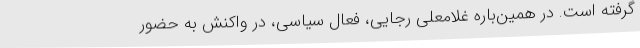
گرفته است. در همین‌باره غلامعلی رجایی، فعال سیاسی، در واکنش به حضور